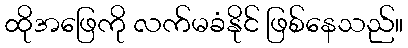
ထိုအဖြေကို လက်မခံနိုင် ဖြစ်နေသည်။